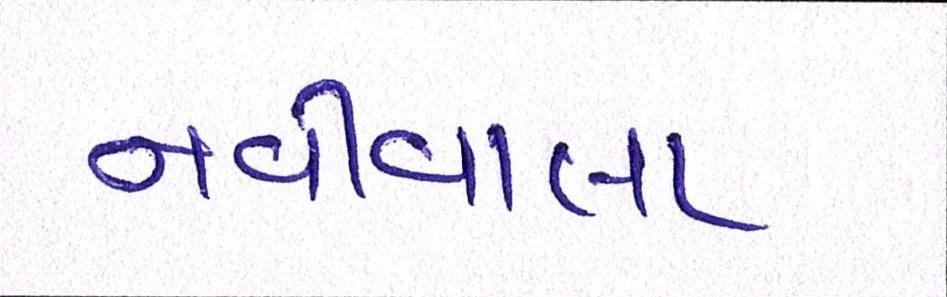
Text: નવીવાલા